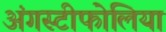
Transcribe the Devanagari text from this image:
अंगस्टीफोलिया